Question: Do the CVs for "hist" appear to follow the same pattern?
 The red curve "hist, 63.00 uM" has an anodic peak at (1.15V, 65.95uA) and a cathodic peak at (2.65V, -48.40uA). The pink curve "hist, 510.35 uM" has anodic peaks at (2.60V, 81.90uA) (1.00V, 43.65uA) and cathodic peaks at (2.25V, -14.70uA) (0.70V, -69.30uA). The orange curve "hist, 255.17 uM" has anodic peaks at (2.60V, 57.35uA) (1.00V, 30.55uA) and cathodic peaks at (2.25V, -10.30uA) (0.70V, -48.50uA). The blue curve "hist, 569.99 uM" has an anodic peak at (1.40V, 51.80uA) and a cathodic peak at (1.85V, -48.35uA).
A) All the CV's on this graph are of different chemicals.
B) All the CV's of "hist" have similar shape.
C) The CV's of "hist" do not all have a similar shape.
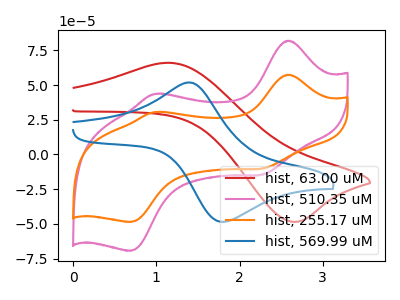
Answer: <think>"hist, 63.00 uM" and "hist, 510.35 uM" have a different number of peaks. "hist, 63.00 uM" and "hist, 255.17 uM" have a different number of peaks. "hist, 63.00 uM" and "hist, 569.99 uM" have at least one peak that do not match. All the peaks in "hist, 510.35 uM" have a peak in "hist, 255.17 uM" at the same potential. Every peak in "hist, 510.35 uM" is higher than every peak in "hist, 255.17 uM". "hist, 510.35 uM" and "hist, 569.99 uM" have a different number of peaks. "hist, 255.17 uM" and "hist, 569.99 uM" have a different number of peaks.
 </think>
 <answer>B) All the CV's of "hist" have similar shape.</answer>
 <eval>B</eval>